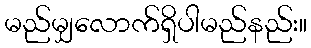
မည်မျှလောက်ရှိပါမည်နည်း။